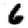
Digit: 6